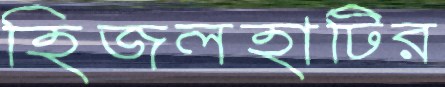
হিজলহাটির